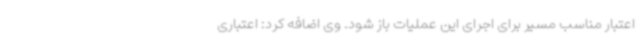
اعتبار مناسب مسیر برای اجرای این عملیات باز شود. وی اضافه کرد: اعتباری